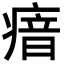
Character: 瘖